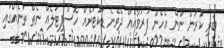
ބުރި ކުރުން ނޫން އެހެން ފަރުވާއެއް ދެވޭނެ ޑަކުޓަރެއް ހޮސްޕިޓަލެއް ނެތް ތަނެއްގައި